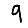
Digit: 9